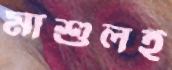
মাশুলই